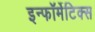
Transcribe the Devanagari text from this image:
इन्फॉर्मेटिक्स